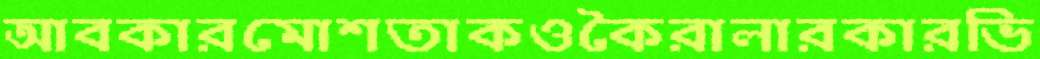
আবকারমোশতাকওকৈরালারকারভি